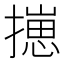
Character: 㩄